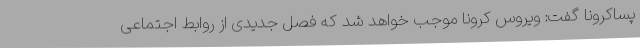
پساکرونا گفت: ویروس کرونا موجب خواهد شد که فصل جدیدی از روابط اجتماعی